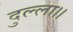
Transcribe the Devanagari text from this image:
दुल्ला।।